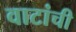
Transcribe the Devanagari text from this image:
वाटांची